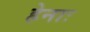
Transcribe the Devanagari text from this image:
हेनाः